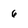
Character: 6